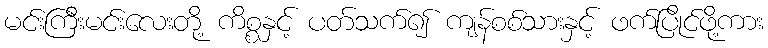
မင်းကြီးမင်းလေးတို့ ကိစ္စနှင့် ပတ်သက်၍ ကျန်စစ်သားနှင့် ဖက်ပြိုင်ဖို့ကား